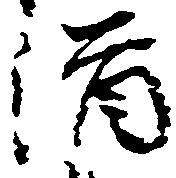
酒